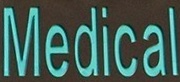
Medical